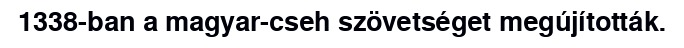
1338-ban a magyar-cseh szövetséget megújították.